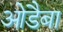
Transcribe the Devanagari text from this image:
ओडैबा